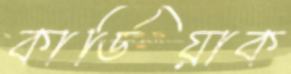
কার্ডিয়াক